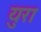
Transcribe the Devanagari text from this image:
युरा